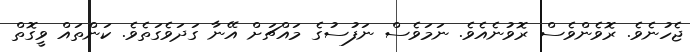
ޖެހުނެވެ. ރޮވެންވެސް ރޮވުނެއެވެ. ނަމަވެސް ނަފުސުގެ މައްޗަށް އޭނާ ގަދަވެގަތެވެ. ކަންތައް ވީގޮތް